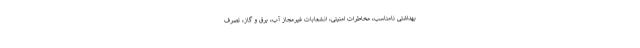
بهداشتی نامناسب، مخاطرات امنیتی، انشعابات غیرمجاز آب، برق و گاز، تصرف